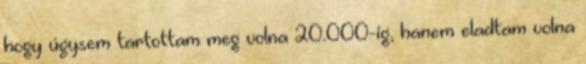
hogy úgysem tartottam meg volna 20.000-ig, hanem eladtam volna